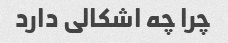
چرا چه اشکالی دارد